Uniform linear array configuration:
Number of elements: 24
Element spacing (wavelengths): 1
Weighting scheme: binomial
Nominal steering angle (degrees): -60
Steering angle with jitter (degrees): -60.506
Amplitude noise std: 0.05
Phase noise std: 0.05

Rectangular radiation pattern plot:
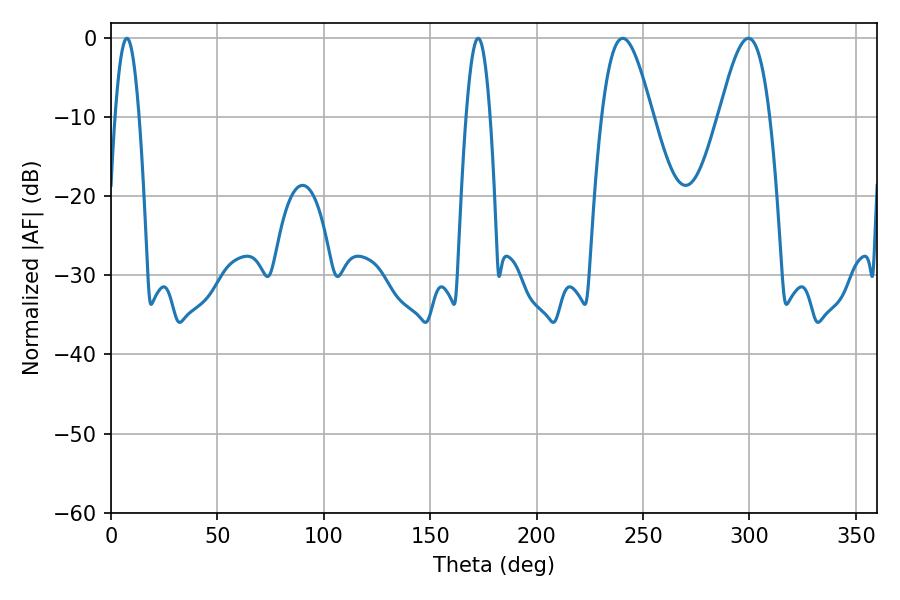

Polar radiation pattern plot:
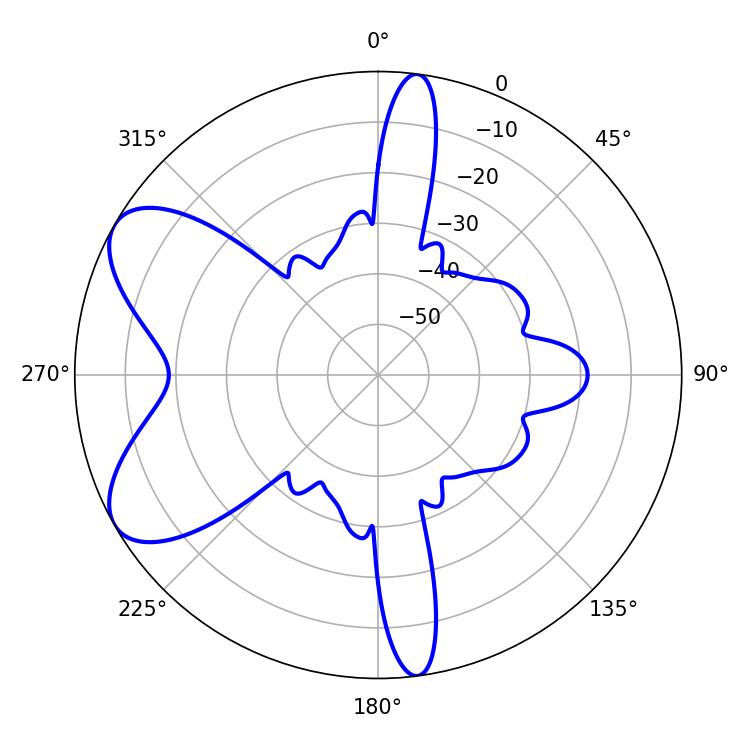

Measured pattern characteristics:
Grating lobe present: TRUE
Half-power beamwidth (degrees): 12.78
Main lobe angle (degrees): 240.48